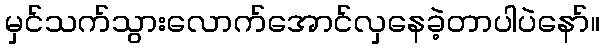
မှင်သက်သွားလောက်အောင်လှနေခဲ့တာပါပဲနော်။